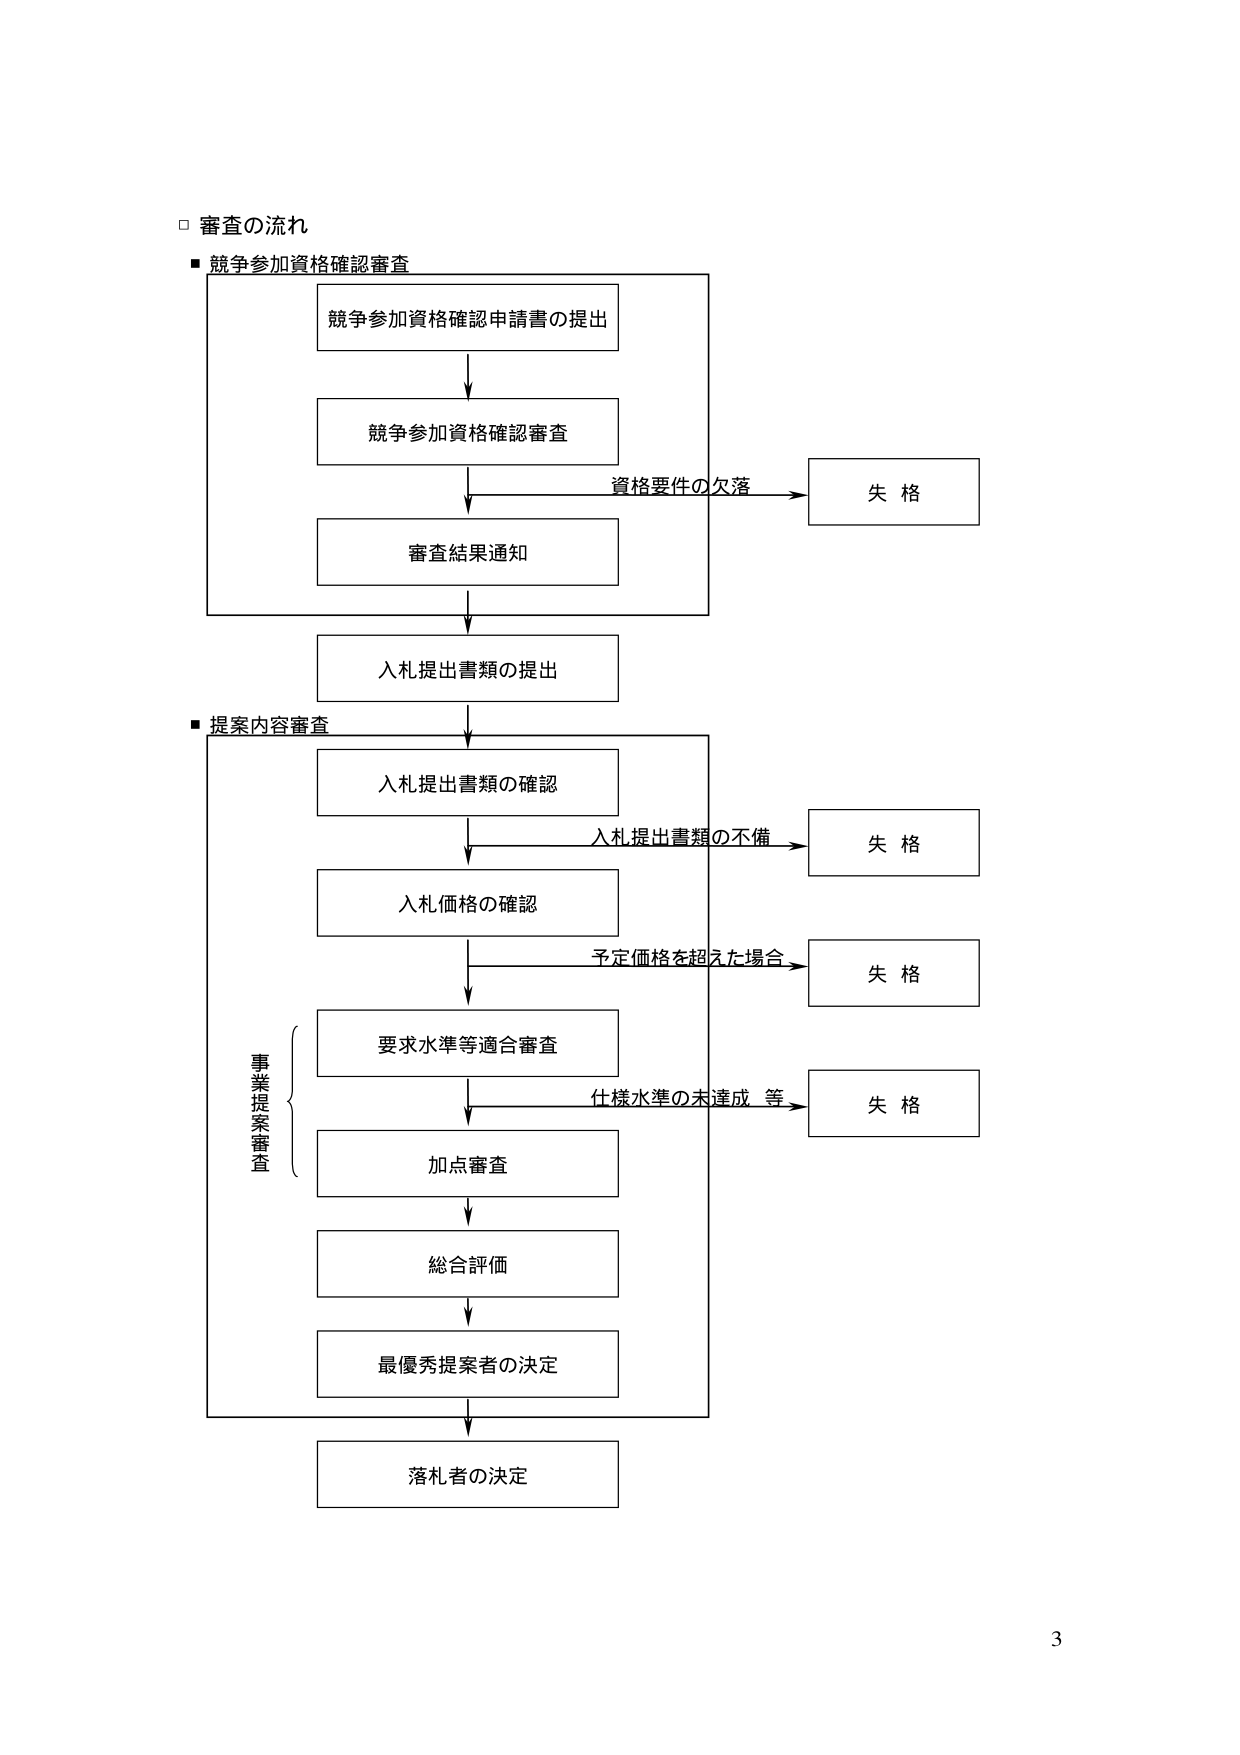
□ 審査の流れ
■ 競争参加資格確認審査
　競争参加資格確認申請書の提出
　→ 競争参加資格確認審査
　→ 審査結果通知
　　→ 入札提出書類の提出
　　→ 入札提出書類の確認
　　→ 入札価格の確認
　　→ 要求水準等適合審査
　　→ 加点審査
　　→ 総合評価
　　→ 最優秀提案者の決定
　　→ 落札者の決定

　　資格要件の欠落 → 失格
　　入札提出書類の不備 → 失格
　　予定価格を超えた場合 → 失格
　　仕様水準の未達成 等 → 失格

■ 提案内容審査
　事業提案審査

3